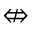
\nLeftrightarrow